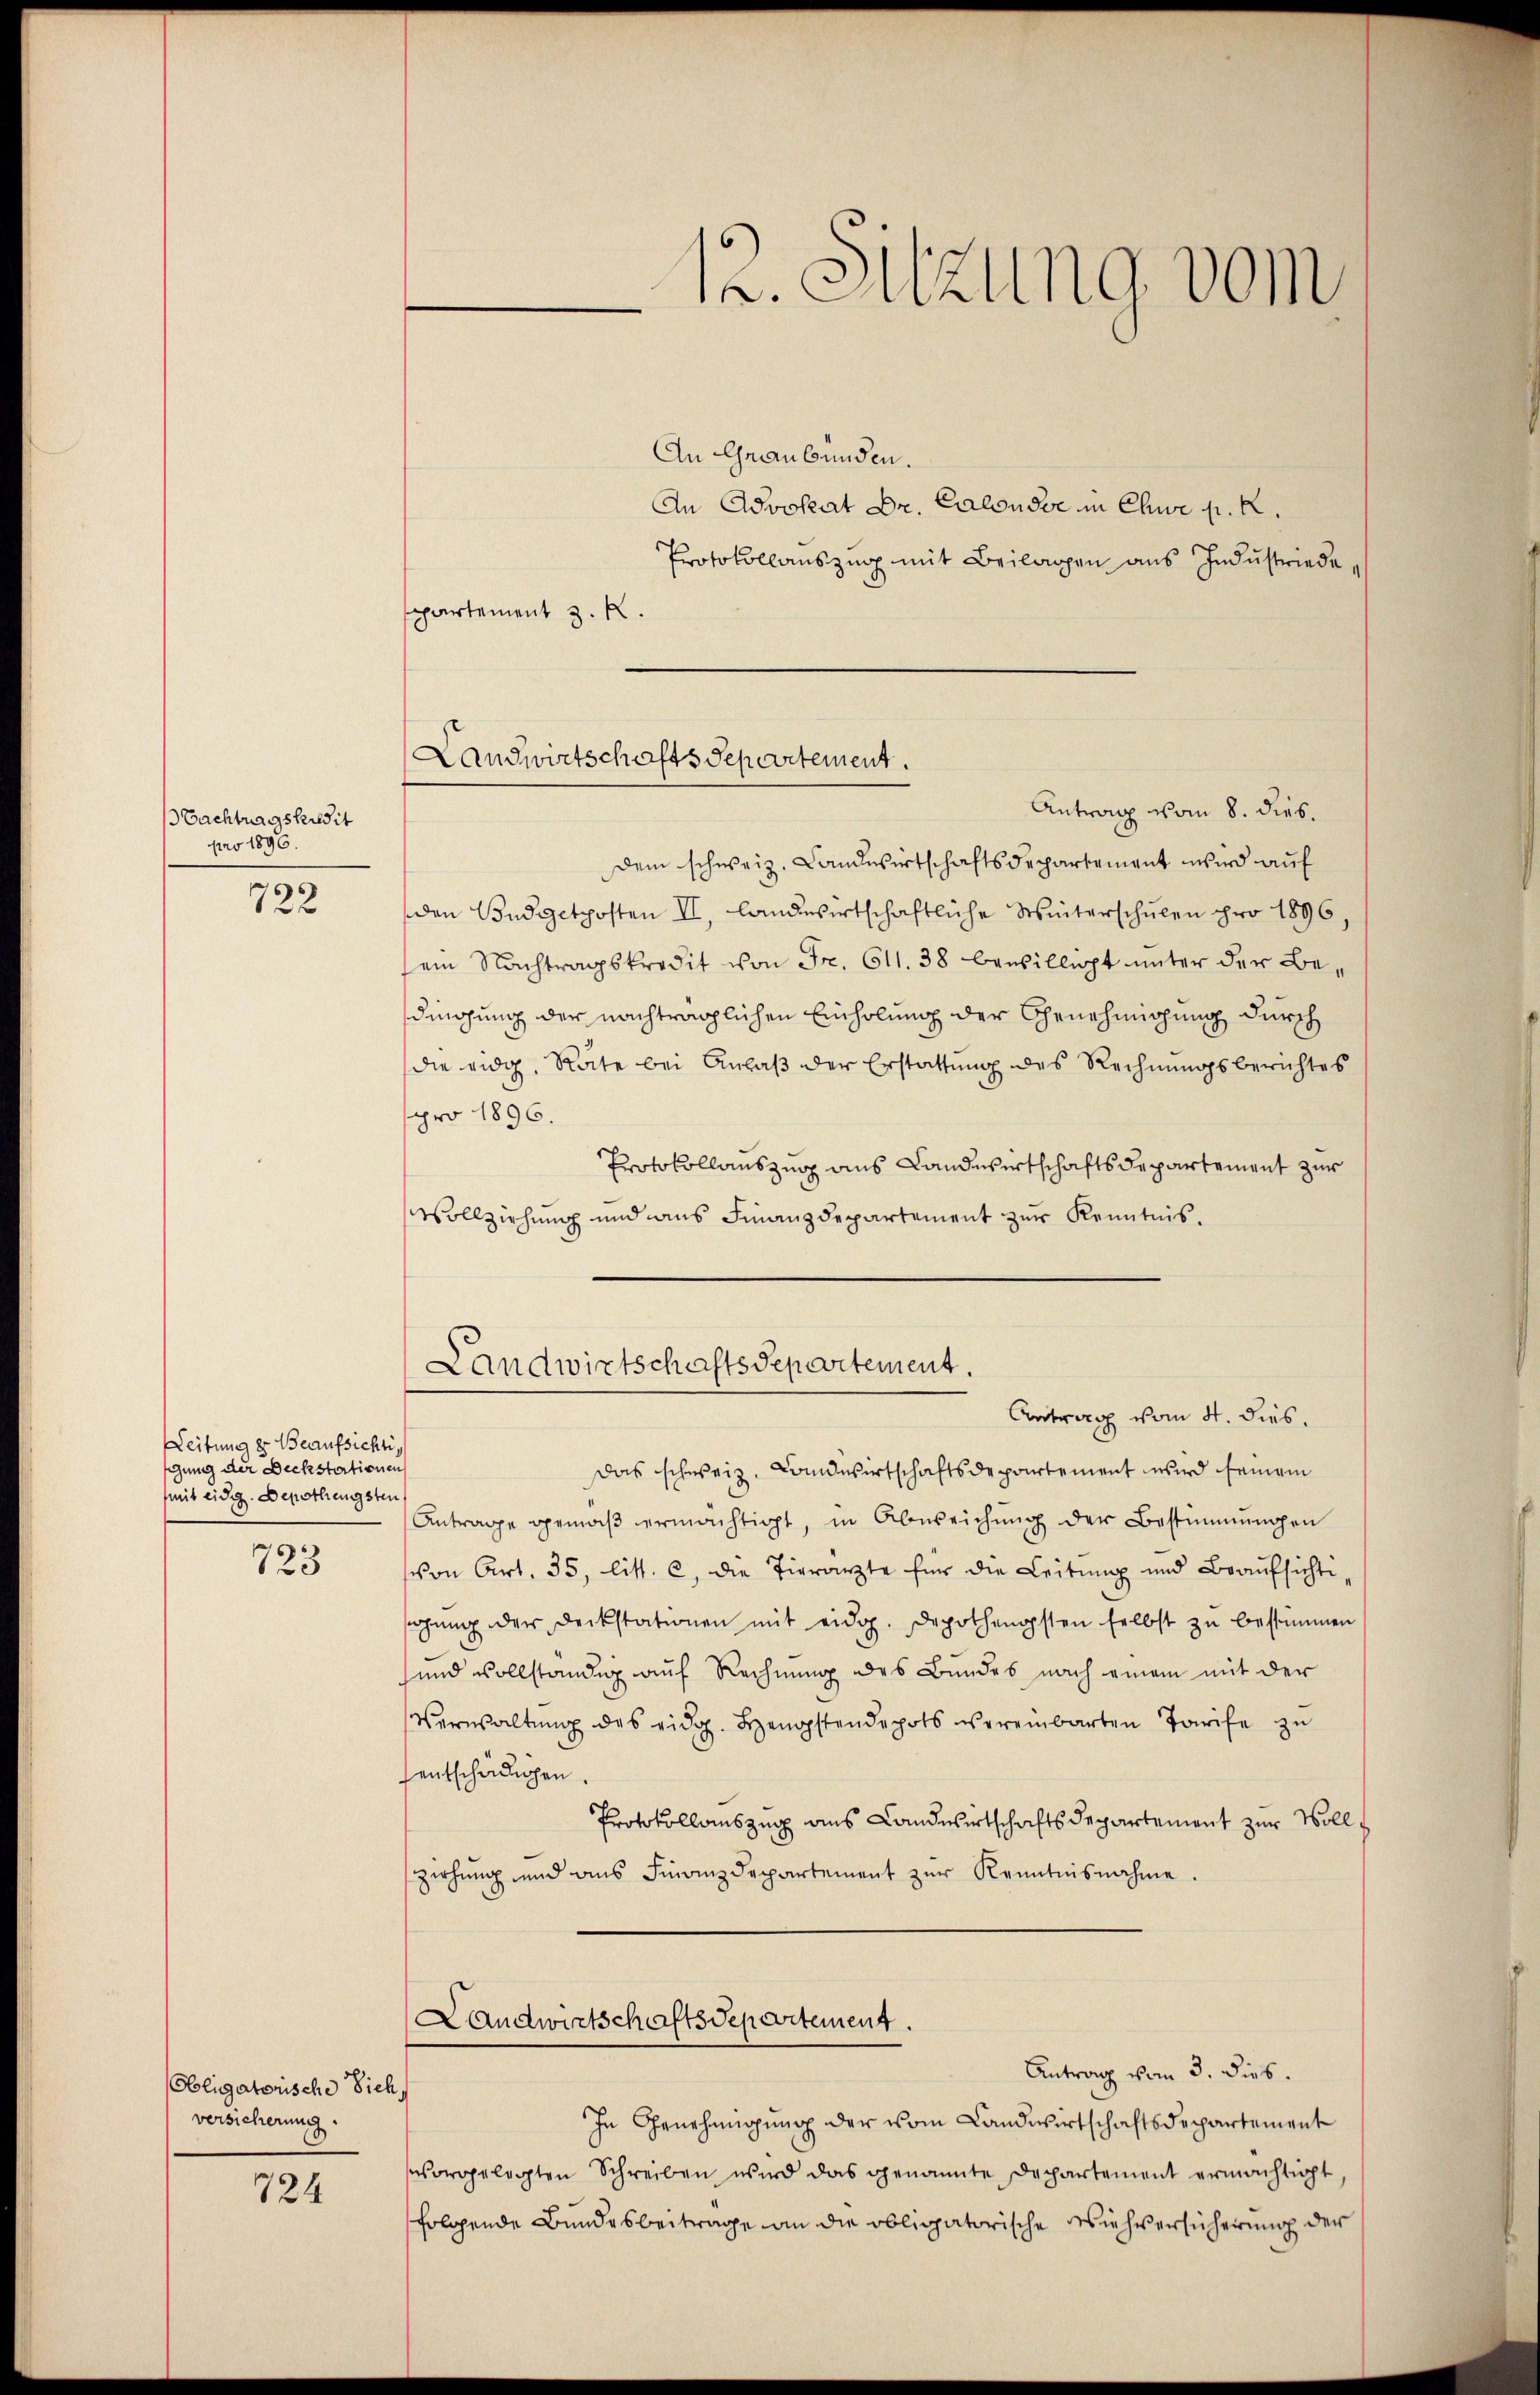
Nachtragskredit
pro 1890.

722

Leitung er Beaufsichtig
gung der Deckstationen
mit eidg. Depothengsten

723

Obligatorische Sich,
versicherung.

724

An Graubünden.
An Advokat Dr. Calousse in Chwe p. 2.
Protokollauszug mit Beilagen aus Indŭstriede
ppartement z. R.
Dem schweiz. Landwirtschaftsdepartement wird auf
den Budgetposten II., landwirtschaftliche Winterschŭlen pro 1896,
sein Nachtragskredit von Fr. 611. 38 bewilligt unter der Bedingung der nachträglichen Einholung der Genehmigung durch
die eidg. Rate bei Anlaβ der Erstattŭng des Rechnŭngsberichtes
pro 1896.
Protokollauszug aus Landwirtschaftsdepartement zur
Vollziehung und aus Finanzdepartement zur Kenntnis.

12. Sitzung vom

Landwirtschaftsdepartement.
Antrag vom 8. dies.

Landwirtschaftsdepartement.
Antrag vom 4. dies

Das schweiz. Landwirtschaftsdepartement wird seinem
Antrage gemäβ ermächtigt, in Abweichŭng der Bestimmungen
von Art. 35 litt. c. die Tierarzte für die Leitŭng und Braŭfsichti-
sigŭng der Deckstationen mit eidg. Depothengsten selbst zu bestimmen
sund vollständig auf Rechnung des Bundes nach einem mit der
Verwaltŭng des eidg. Hengstendepots vereinbarten Tarife zu
entschädigen.
Protokollauszug aus Landwirtschaftsdepartement zur Vollziehung und ans Finanzdepartement zŭr Kenntnisnahme.

Landwirtschaftsdepartement.

Antrag vom 3. dies.
In Genehmigung der vom Landwirtschaftsdepartement
vorgelegten Schreiben wird das genannte Departement ermachtigt
folgende Bundesbeitrage an die obligatorische Wiehversicherung der